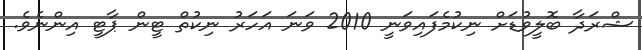
ޝްރަދާ ބޮލީވުޑަށް ނިކުމެފައިވަނީ 2010 ވަނަ އަހަރު ނިކުތް ޓީން ޕާޓީ އިންނެވެ.